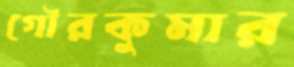
গৌরকুমার